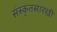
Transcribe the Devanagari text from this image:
संस्कृतसारखी